Indian journal of veterinary science and animal husbandry - Volume 1,
Year: 1931
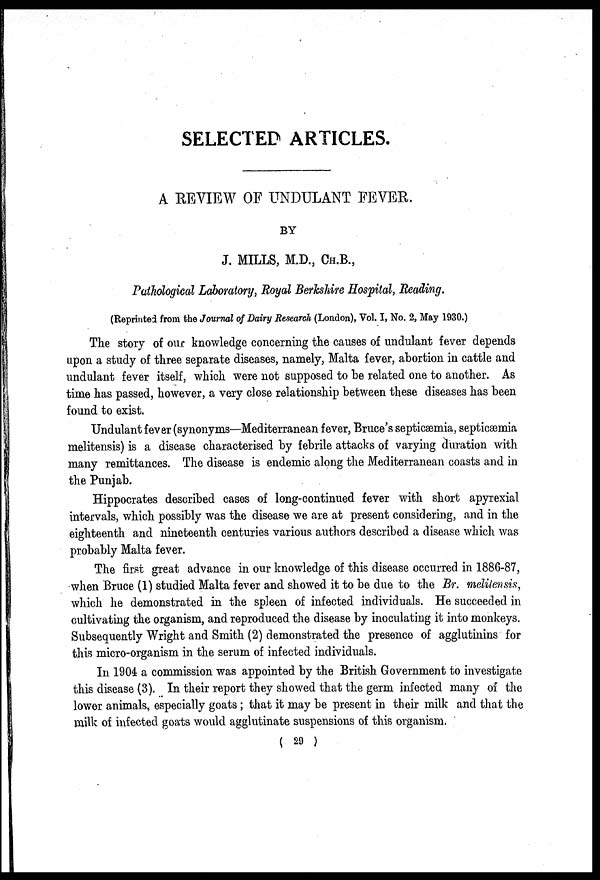
SELECTED ARTICLES.
A REVIEW OF UNDULANT FEVER.
BY
J. MILLS, M.D., CH.B.,
Pathological Laboratory, Royal Berkshire Hospital, Reading.
(Reprinted from the Journal of Dairy Research (London), Vol. I, No. 2, May 1930.)
The story of our knowledge concerning the causes of undulant fever depends
upon a study of three separate diseases, namely, Malta fever, abortion in cattle and
undulant fever itself, which were not supposed to be related one to another. As
time has passed, however, a very close relationship between these diseases has been
found to exist.
Undulant fever (synonyms—Mediterranean fever, Bruce's septicæmia, septicæmia
melitensis) is a disease characterised by febrile attacks of varying duration with
many remittances. The disease is endemic along the Mediterranean coasts and in
the Punjab.
Hippocrates described cases of long-continued fever with short apyrexial
intervals, which possibly was the disease we are at present considering, and in the
eighteenth and nineteenth centuries various authors described a disease which was
probably Malta fever.
The first great advance in our knowledge of this disease occurred in 1886-87,
when Bruce (1) studied Malta fever and showed it to be due to the Br. melitensis,
which he demonstrated in the spleen of infected individuals. He succeeded in
cultivating the organism, and reproduced the disease by inoculating it into monkeys.
Subsequently Wright and Smith (2) demonstrated the presence of agglutinins for
this micro-organism in the serum of infected individuals.
In 1904 a commission was appointed by the British Government to investigate
this disease (3). In their report they showed that the germ infected many of the
lower animals, especially goats; that it may be present in their milk and that the
milk of infected goats would agglutinate suspensions of this organism.
( 29 )